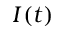
I ( t )